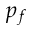
p _ { f }